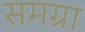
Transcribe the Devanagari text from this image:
समग्रा